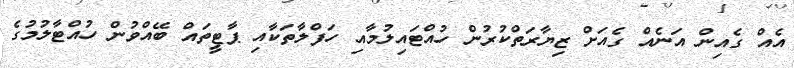
އެއް ގެއިން އަނެއް ގެއަށް ޒިޔާރަތްކުރުން ހުއްޓައިލުމާއި ހަފްލާތަކާއި ޕާޓީތައް ބޭއްވުން ހުއްޓާލުމުގެ